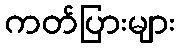
ကတ်ပြားများ